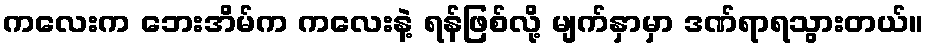
ကလေးက ဘေးအိမ်က ကလေးနဲ့ ရန်ဖြစ်လို့ မျက်နှာမှာ ဒဏ်ရာရသွားတယ်။